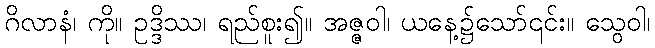
ဂိလာနံ၊ ကို။ ဥဒ္ဒိဿ၊ ရည်စူး၍။ အဇ္ဇဝါ၊ ယနေ့၌သော်၎င်း။ သွေဝါ၊